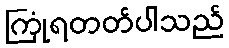
ကြုံရတတ်ပါသည်